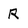
Character: R